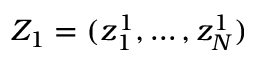
Z _ { 1 } = ( z _ { 1 } ^ { 1 } , \dots , z _ { N } ^ { 1 } )